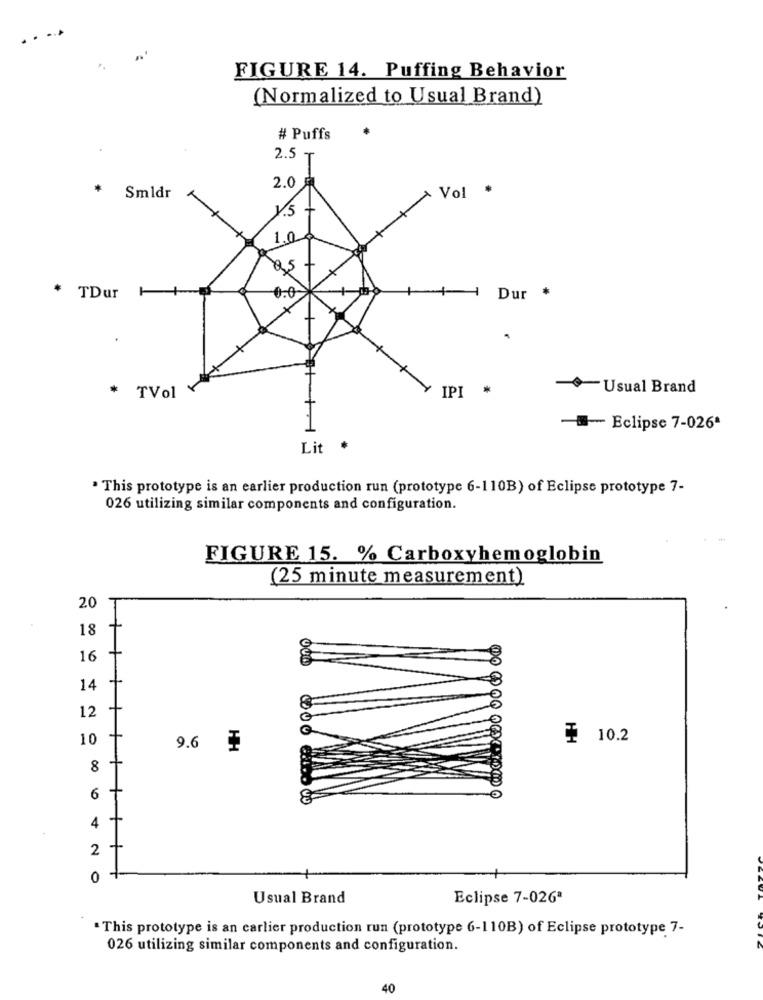
FIGURE 14. Puffing Behavior
(Normalized to Usual Brand)
# Puffs
2.5-
2.0 ₺
Vol
Smldr
1.5
* TDur 1+
0.0
++ Dur *
IPI
*
Usual Brand
TVol
1
-- Eclipse 7-026ª
Lit
· This prototype is an earlier production run (prototype 6-110B) of Eclipse prototype 7-
026 utilizing similar components and configuration.
FIGURE 15. % Carboxyhemoglobin
(25 minute measurement)
20
18
16
14
12
10
¥ 10.2
9.6
HH
8
+
6
E
+
4
2
0
Usual Brand
Eclipse 7-026ª
"This prototype is an carlier production run (prototype 6-110B) of Eclipse prototype 7-
026 utilizing similar components and configuration.
40